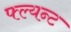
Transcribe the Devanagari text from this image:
फ्ल्यन्ट